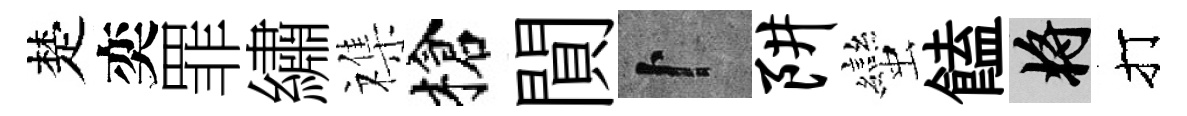
楚奕罪繡襍槍閴卜阱蠻饁將打